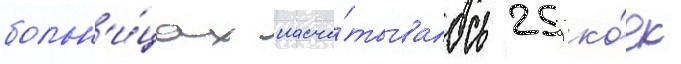
больн'и́цах насчи́тывалось 259 ко́ек